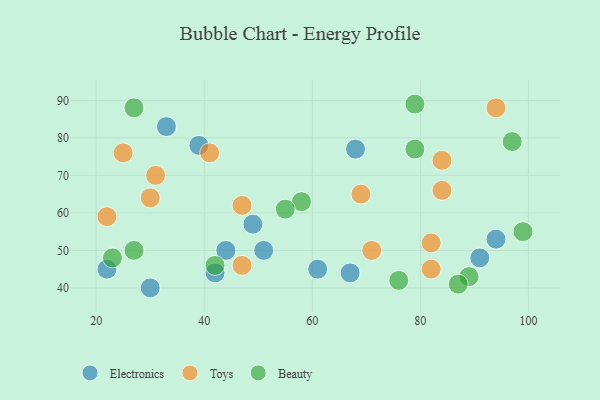
{"axis": {"x": "GDP", "y": "Life Expectancy"}, "legend": ["Beauty", "Electronics", "Toys"], "data": [{"x": "44", "y": 50, "type": "Electronics"}, {"x": "67", "y": 44, "type": "Electronics"}, {"x": "68", "y": 77, "type": "Electronics"}, {"x": "22", "y": 45, "type": "Electronics"}, {"x": "51", "y": 50, "type": "Electronics"}, {"x": "39", "y": 78, "type": "Electronics"}, {"x": "30", "y": 40, "type": "Electronics"}, {"x": "61", "y": 45, "type": "Electronics"}, {"x": "42", "y": 44, "type": "Electronics"}, {"x": "33", "y": 83, "type": "Electronics"}, {"x": "94", "y": 53, "type": "Electronics"}, {"x": "49", "y": 57, "type": "Electronics"}, {"x": "91", "y": 48, "type": "Electronics"}, {"x": "84", "y": 74, "type": "Toys"}, {"x": "22", "y": 59, "type": "Toys"}, {"x": "25", "y": 76, "type": "Toys"}, {"x": "71", "y": 50, "type": "Toys"}, {"x": "31", "y": 70, "type": "Toys"}, {"x": "69", "y": 65, "type": "Toys"}, {"x": "47", "y": 46, "type": "Toys"}, {"x": "82", "y": 52, "type": "Toys"}, {"x": "94", "y": 88, "type": "Toys"}, {"x": "30", "y": 64, "type": "Toys"}, {"x": "82", "y": 45, "type": "Toys"}, {"x": "41", "y": 76, "type": "Toys"}, {"x": "47", "y": 62, "type": "Toys"}, {"x": "84", "y": 66, "type": "Toys"}, {"x": "79", "y": 77, "type": "Beauty"}, {"x": "23", "y": 48, "type": "Beauty"}, {"x": "27", "y": 88, "type": "Beauty"}, {"x": "89", "y": 43, "type": "Beauty"}, {"x": "27", "y": 50, "type": "Beauty"}, {"x": "79", "y": 89, "type": "Beauty"}, {"x": "42", "y": 46, "type": "Beauty"}, {"x": "58", "y": 63, "type": "Beauty"}, {"x": "99", "y": 55, "type": "Beauty"}, {"x": "87", "y": 41, "type": "Beauty"}, {"x": "97", "y": 79, "type": "Beauty"}, {"x": "76", "y": 42, "type": "Beauty"}, {"x": "55", "y": 61, "type": "Beauty"}]}